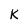
Character: K